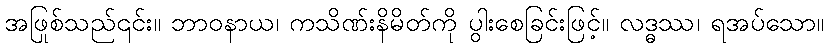
အဖြစ်သည်၎င်း။ ဘာဝနာယ၊ ကသိုဏ်းနိမိတ်ကို ပွါးစေခြင်းဖြင့်။ လဒ္ဓဿ၊ ရအပ်သော။